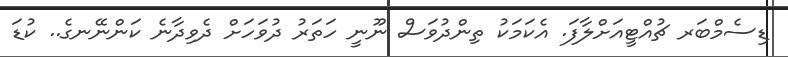
ޑިސެމްބަރ ޗުއްޓީއަށްލާފަ. އެކަމަކު ތިންދުވަސް ނޫނީ ހަތަރު ދުވަހަށް ދެވިދާނެ ކަންނޭނގެ.. ކުޑަ